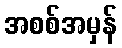
အစစ်အမှန်